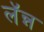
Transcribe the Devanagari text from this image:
लॅन्न